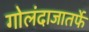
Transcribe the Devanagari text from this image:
गोलंदाजातर्फे